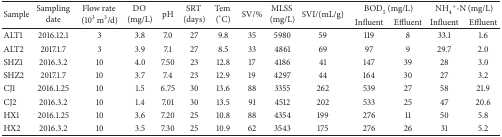
| <ROWSPAN=2> Sample | <ROWSPAN=2> Sampling date | <ROWSPAN=2> Flow rate (103 m3/d) | <ROWSPAN=2> DO (mg/L) | <ROWSPAN=2> pH | <ROWSPAN=2> SRT (days) | <ROWSPAN=2> Tem (°C) | <ROWSPAN=2> SV/% | <ROWSPAN=2> MLSS (mg/L) | <ROWSPAN=2> SVI/(mL/g) | <COLSPAN=2> BOD5 (mg/L) | <COLSPAN=2> NH4+-N (mg/L) |
 | Influent | Effluent | Influent | Effluent |
 | --- | --- | --- | --- | --- | --- | --- | --- | --- | --- | --- | --- | --- | --- |
 | ALT1 | 2016.12.1 | 3 | 3.8 | 7.0 | 27 | 9.8 | 35 | 5980 | 59 | 119 | 8 | 33.1 | 1.6 |
 | ALT2 | 2017.1.7 | 3 | 3.9 | 7.1 | 27 | 8.5 | 33 | 4861 | 69 | 97 | 9 | 29.7 | 2.0 |
 | SHZ1 | 2016.3.2 | 10 | 4.0 | 7.50 | 23 | 12.8 | 17 | 4186 | 41 | 147 | 39 | 28 | 3.0 |
 | SHZ2 | 2017.1.7 | 10 | 3.7 | 7.4 | 23 | 12.9 | 19 | 4297 | 44 | 164 | 30 | 27 | 3.2 |
 | CJ1 | 2016.1.25 | 10 | 1.5 | 6.75 | 30 | 13.6 | 88 | 3355 | 262 | 539 | 27 | 58 | 21.9 |
 | CJ2 | 2016.3.2 | 10 | 1.4 | 7.01 | 30 | 13.5 | 91 | 4512 | 202 | 533 | 25 | 47 | 20.6 |
 | HX1 | 2016.1.25 | 10 | 3.6 | 7.20 | 25 | 10.8 | 88 | 4354 | 199 | 276 | 11 | 50 | 5.8 |
 | HX2 | 2016.3.2 | 10 | 3.5 | 7.30 | 25 | 10.9 | 62 | 3543 | 175 | 276 | 26 | 31 | 5.2 |